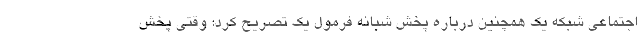
اجتماعی شبکه یک همچنین درباره پخش شبانه فرمول یک تصریح کرد: وقتی پخش